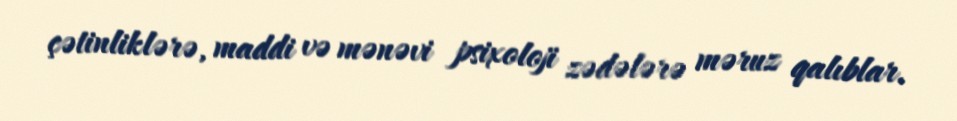
çətinliklərə, maddi və mənəvi psixoloji zədələrə məruz qalıblar.